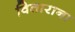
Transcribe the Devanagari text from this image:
विताराना